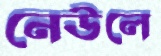
নেউলে